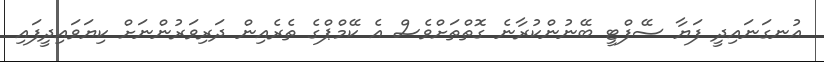
އުނގަނައިދީ ފަޔާ ސޭފްޓީ ބޭނުންކުރާނެ ގޮތްތަށްވެސް އެ ކޭމްޕްގެ ތެރެއިން ދަރިވަރުންނަށް ކިޔަވައިދީފައި